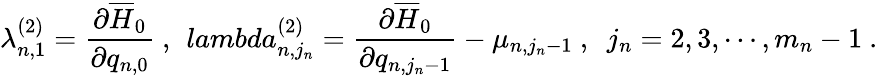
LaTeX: \lambda_{n,1}^{(2)}=\frac{\partial\overline{{{H}}}_{0}}{\partial q_{n,0}}\ ,\ \, lambda_{n,j_{n}}^{(2)}=\frac{\partial\overline{{{H}}}_{0}}{\partial q_{n,j_{n}-1}}-\mu_{n,j_{n}-1}\ ,\ \ j_{n}=2,3,\cdots,m_{n}-1\ .